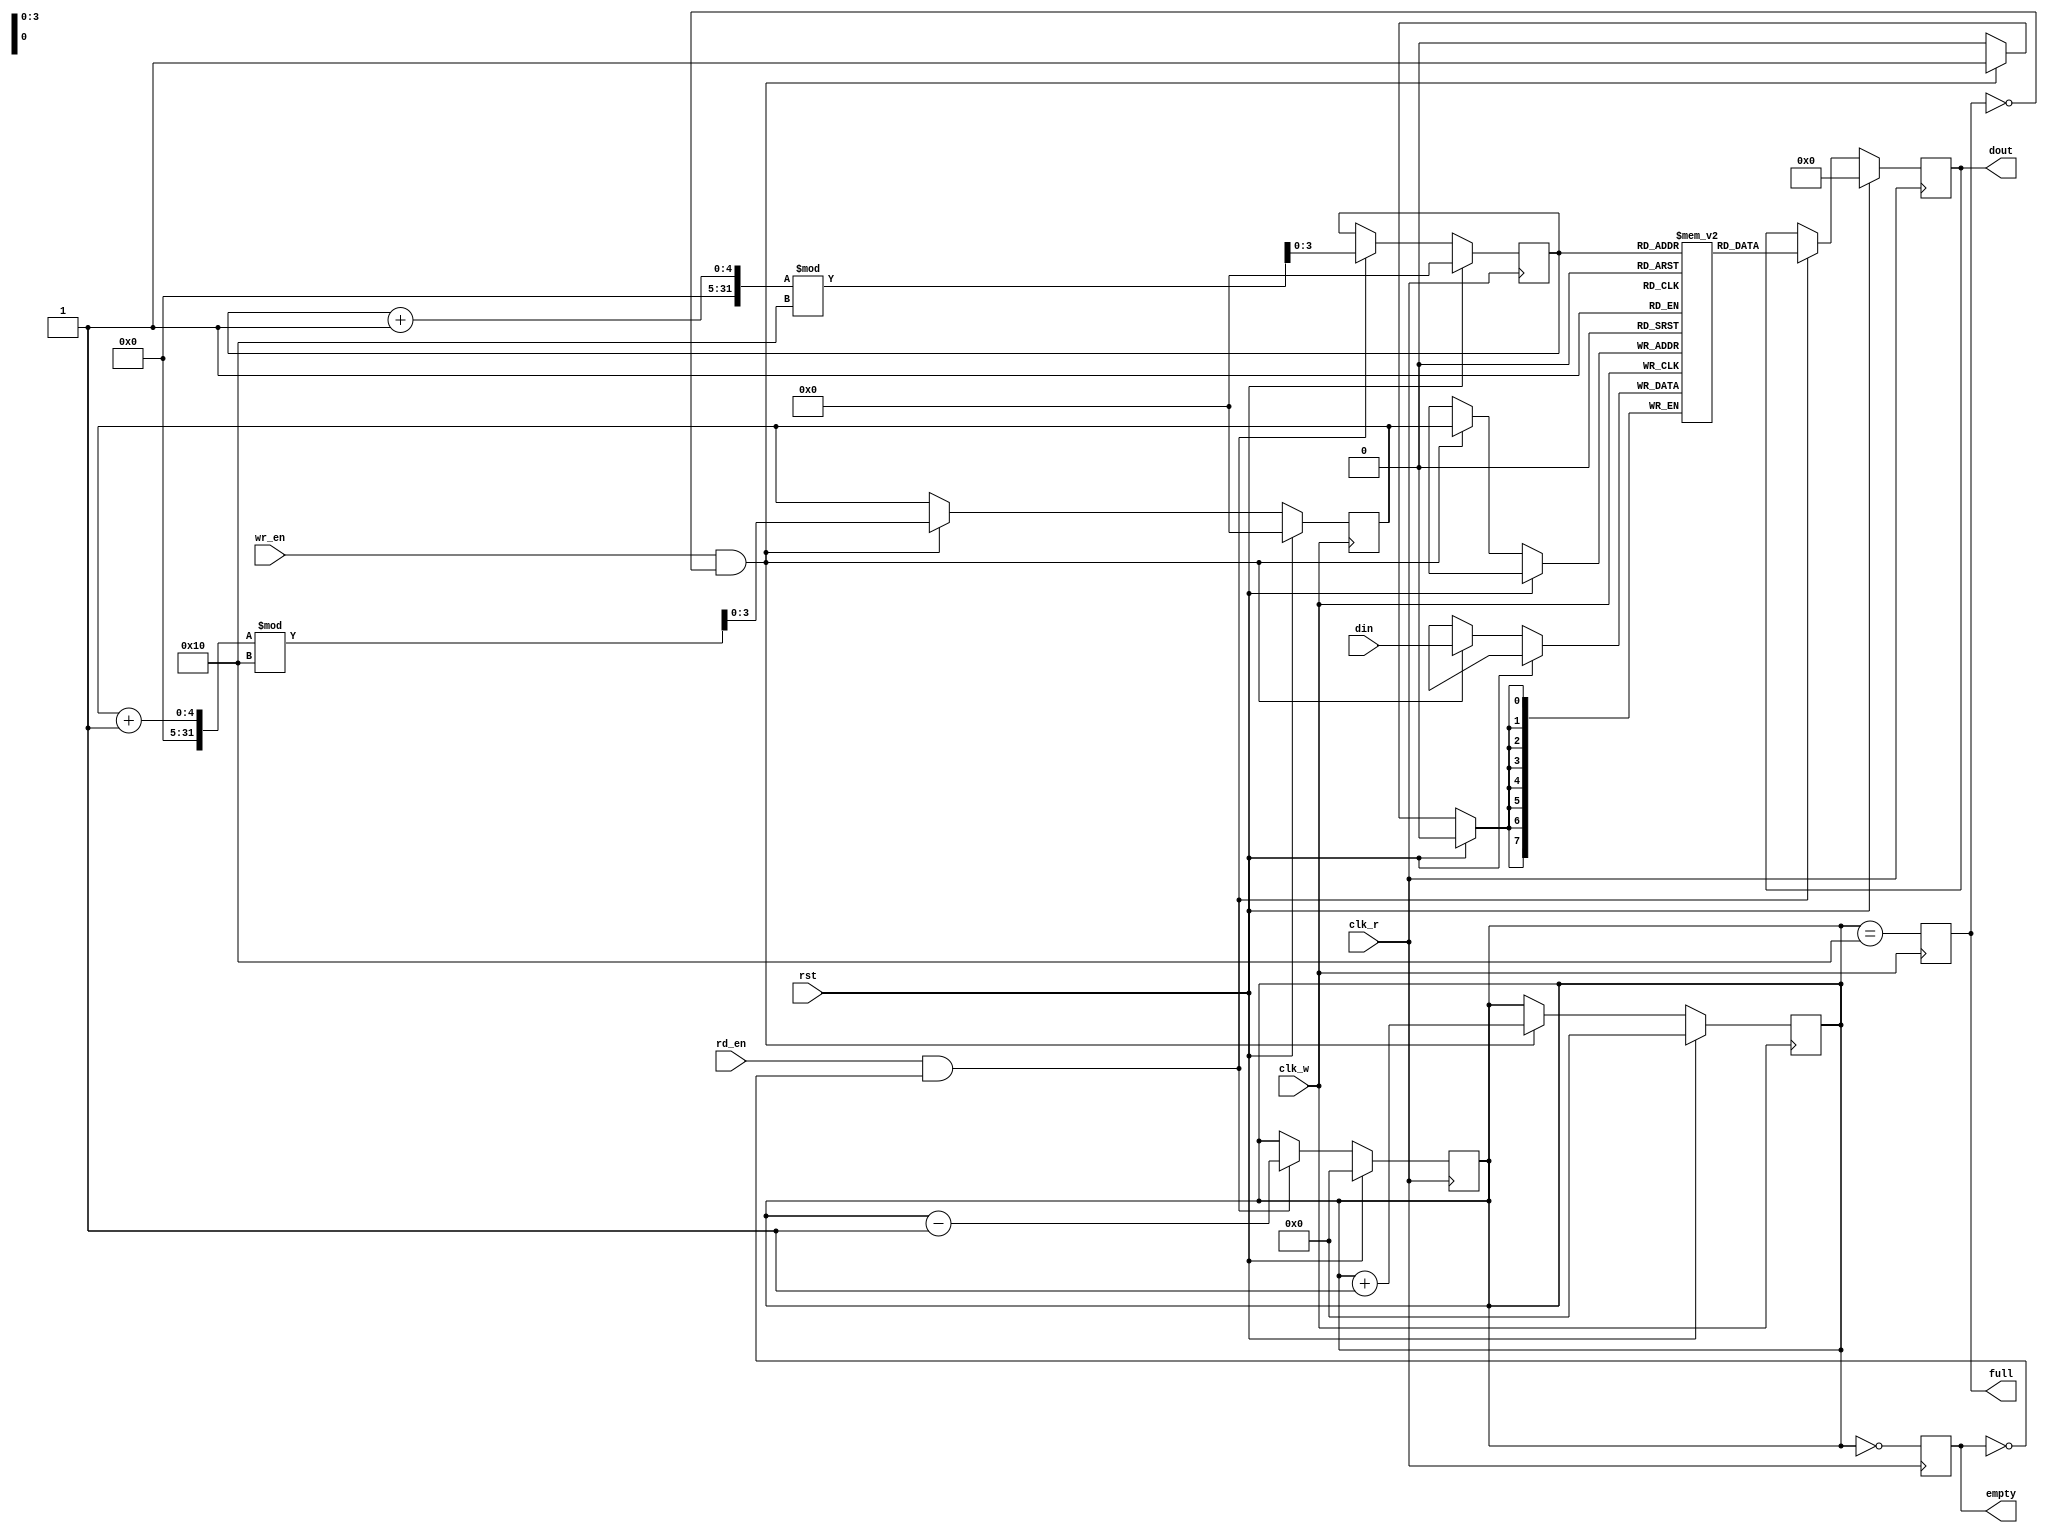
module dual_clock_fifo #(
    parameter DATA_WIDTH = 8,    // Width of each data entry
    parameter FIFO_DEPTH = 16     // Number of entries in the FIFO
)(
    input wire clk_w,             // Write clock
    input wire clk_r,             // Read clock
    input wire rst,               // Synchronous reset
    input wire wr_en,             // Write enable
    input wire rd_en,             // Read enable
    input wire [DATA_WIDTH-1:0] din, // Data input
    output reg [DATA_WIDTH-1:0] dout, // Data output
    output reg full,              // Full flag
    output reg empty              // Empty flag
);

    // Memory array
    reg [DATA_WIDTH-1:0] fifo_mem [0:FIFO_DEPTH-1];

    // Write and read pointers
    reg [$clog2(FIFO_DEPTH)-1:0] wr_ptr;
    reg [$clog2(FIFO_DEPTH)-1:0] rd_ptr;
    reg [$clog2(FIFO_DEPTH+1)-1:0] count; // Count of items in FIFO

    // Synchronous reset and write operation
    always @(posedge clk_w) begin
        if (rst) begin
            wr_ptr <= 0;
            count <= 0;
            full <= 0;
        end else if (wr_en && !full) begin
            fifo_mem[wr_ptr] <= din; // Write data
            wr_ptr <= (wr_ptr + 1) % FIFO_DEPTH; // Increment write pointer
            count <= count + 1; // Increment count
        end
        // Update full flag
        full <= (count == FIFO_DEPTH);
    end

    // Synchronous reset and read operation
    always @(posedge clk_r) begin
        if (rst) begin
            rd_ptr <= 0;
            count <= 0;
            empty <= 1;
            dout <= 0;
        end else if (rd_en && !empty) begin
            dout <= fifo_mem[rd_ptr]; // Read data
            rd_ptr <= (rd_ptr + 1) % FIFO_DEPTH; // Increment read pointer
            count <= count - 1; // Decrement count
        end
        // Update empty flag
        empty <= (count == 0);
    end

endmodule